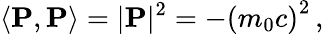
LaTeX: \left\langle\mathbf{P},\mathbf{P}\right\rangle=|\mathbf{P}|^{2}=-\left(m_{0}c\right)^{2}\, ,